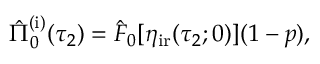
\begin{array} { r } { \hat { \Pi } _ { 0 } ^ { \mathrm { ( i ) } } ( \tau _ { 2 } ) = \hat { F } _ { 0 } [ \eta _ { \mathrm { i r } } ( \tau _ { 2 } ; 0 ) ] ( 1 - p ) , } \end{array}